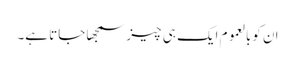
ان کوبالعموم ایک ہی چیز سمجھا جاتا ہے۔